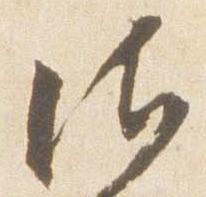
御